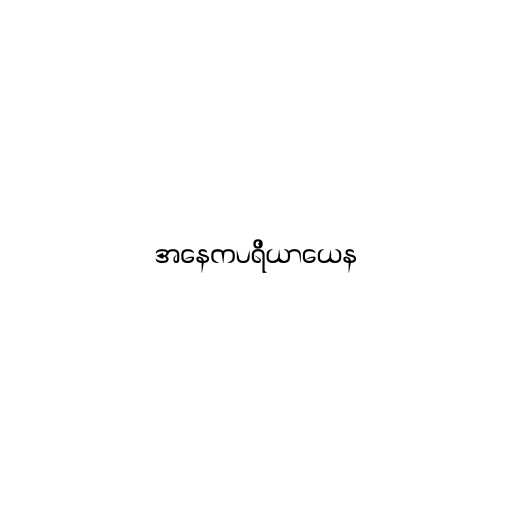
အနေကပရိယာယေန